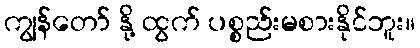
ကျွန်တော် နို့ ထွက် ပစ္စည်းမစားနိုင်ဘူး။